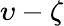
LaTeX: \upsilon-\zeta